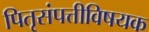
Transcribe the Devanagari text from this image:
पितृसंपत्तीविषयक